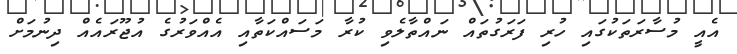
އެއީ މުސާރަތަކުގައި ހުރި ފަރަގުތައް ނައްތާލެވި ކުރާ މަސައްކަތާއި އެއްވަރުގެ އުޖޫރައެއް ދިނުމަށް